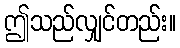
ဤသည်လျှင်တည်း။